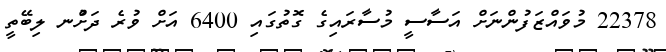
22378 މުވައްޒަފުންނަށް އަސާސީ މުސާރައިގެ ގޮތުގައި 6400 އަށް ވުރެ ދަށުްނ ލިބޭތީ